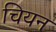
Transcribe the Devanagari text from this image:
चियन